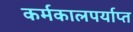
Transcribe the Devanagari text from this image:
कर्मकालपर्याप्त